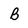
Character: B